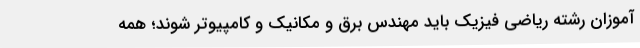
آموزان رشته ریاضی فیزیک باید مهندس برق و مکانیک و کامپیوتر شوند؛ همه